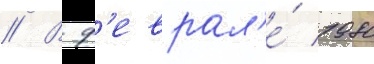
// В ф'еврал'е́ 1980